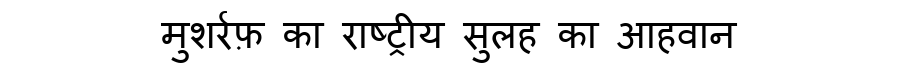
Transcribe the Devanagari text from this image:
मुशर्रफ़ का राष्ट्रीय सुलह का आहवान